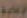
لإعادة